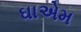
ઘાએમ